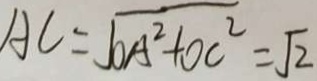
A C = \sqrt { O A ^ { 2 } + O C ^ { 2 } } = \sqrt { 2 }